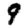
Digit: 9